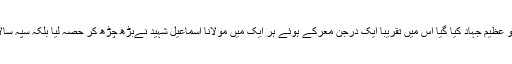
سید احمد شہید کی امارت میں جو عظیم جہاد کیا گیا اس میں تقریبا ایک درجن معرکے ہوئے ہر ایک میں مولانا اسماعیل شہیدؒ نےبڑھ چڑھ کر حصہ لیا بلکہ سپہ سالاری کے فرائض بھی انجام دے۔